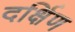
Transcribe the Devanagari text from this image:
दर्क्षिण